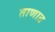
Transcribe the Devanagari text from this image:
ताणात